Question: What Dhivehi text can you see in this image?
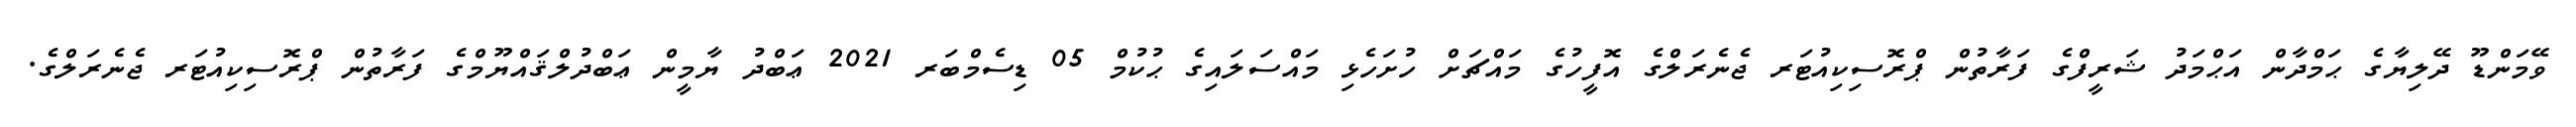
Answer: ވޭމަންޑޫ ދޭލިޔާގެ ޙަމްދާން އަޙްމަދު ޝަރީފްގެ ފަރާތުން ޕްރޮސިކިއުޓަރ ޖެނެރަލްގެ އޮފީހުގެ މައްޗަށް ހުށަހެޅި މައްސަލައިގެ ޙުކުމް 05 ޑިސެމްބަރ 2021 ޢަބްދު ޔާމީން ޢަބްދުލްޤައްޔޫމްގެ ފަރާތުން ޕްރޮސިކިއުޓަރ ޖެނެރަލްގެ.